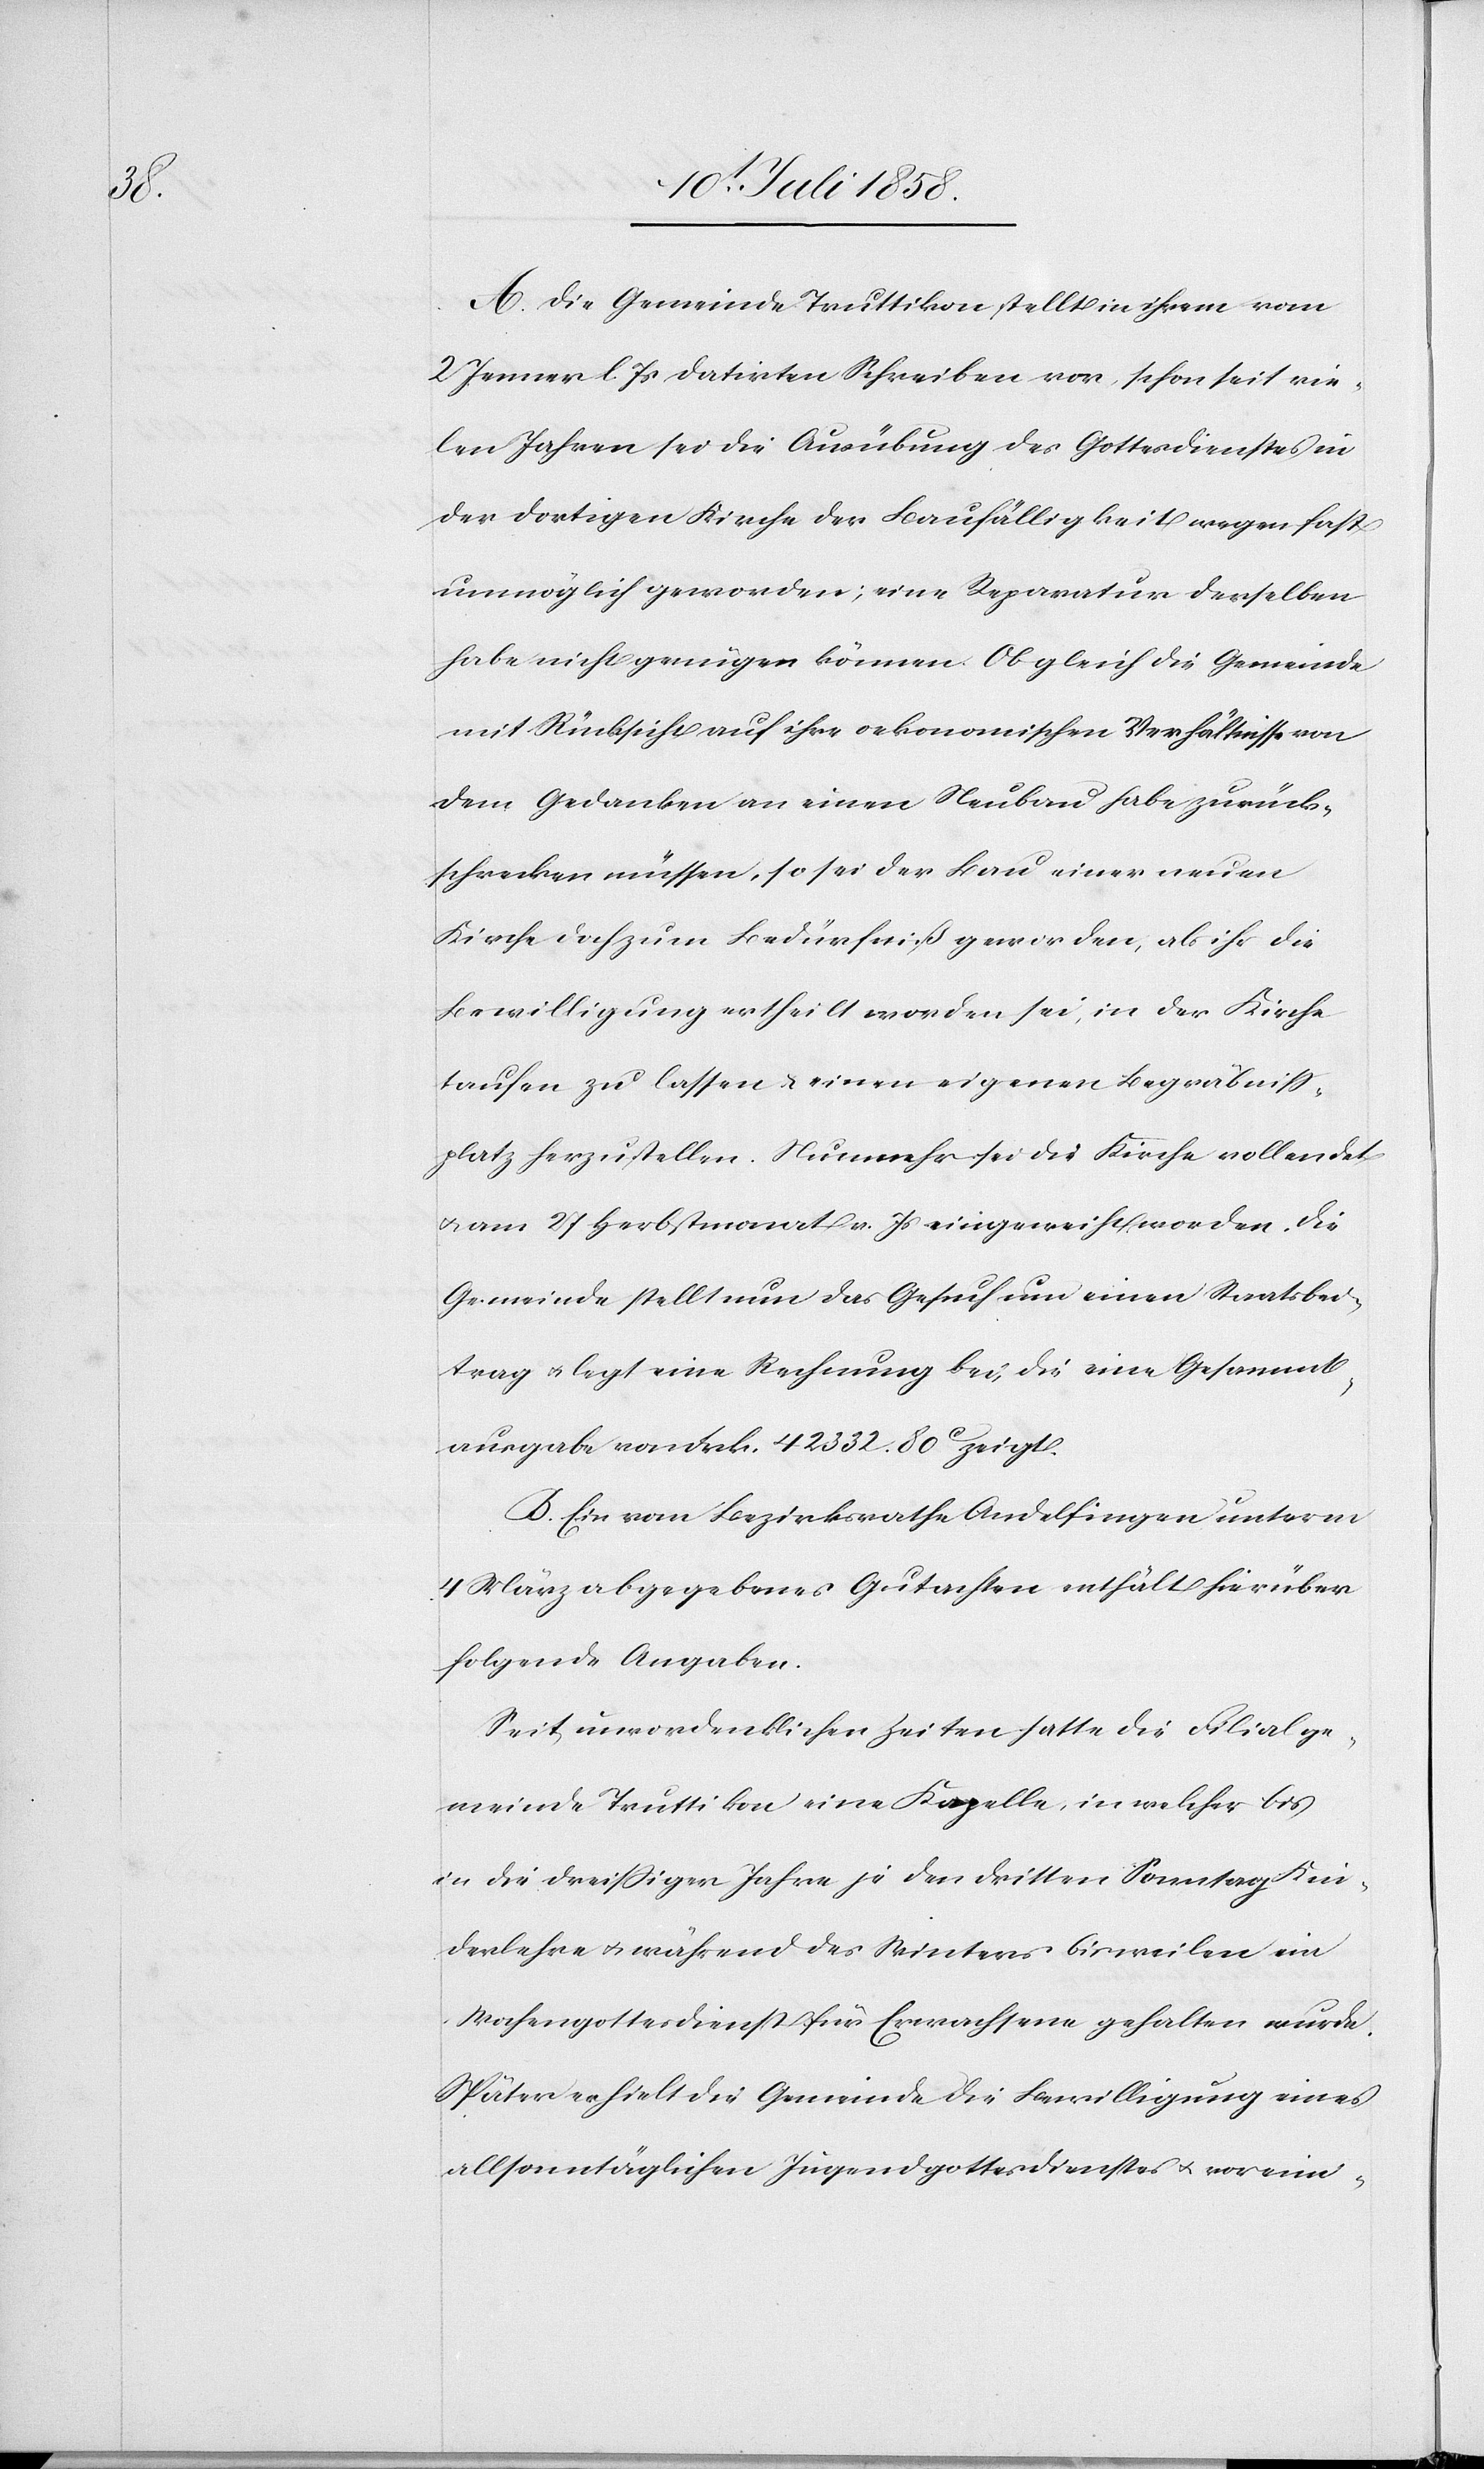
A. Die Gemeinde Truttikon stellt in ihrem vom
2 Jenner l. Js datirten Schreiben vor, schon seit vie¬
len Jahren sei die Ausübung des Gottesdienstes in
der dortigen Kirche der Baufälligkeit wegen fast
unmöglich geworden; eine Reparatur derselben
habe nicht genügen können. Obgleich die Gemeinde
mit Rücksicht auf ihre oekonomischen Verhältnisse von
dem Gedanken an einen Neubau habe zurück¬
schrecken müssen, so sei der Bau einer neuen
Kirche doch zum Bedürfniß geworden, als ihr die
Bewilligung ertheilt worden sei, in der Kirche
taufen zu lassen & einen eigenen Begräbniss¬
platz herzustellen. Nunmehr sei die Kirche vollendet
& am 27 Herbstmonat v. Js eingeweiht worden. Die
Gemeinde stellt nun das Gesuch um einen Staatsbei¬
trag & legt eine Rechnung bei, die eine Gesammt¬
ausgabe von Frk. 42 332. 80C zeigt.
B. Ein vom Bezirksrathe Andelfingen unterm
4 März abgegebenes Gutachten enthält hierüber
folgende Angaben.
Seit unvordenklichen Zeiten hatte die Filialge¬
meinde Truttikon eine Kapelle, in welcher bis
in die dreissiger Jahre je den dritten Sonntag Kin¬
derlehre & während des Winters bisweilen ein
Wochengottesdienst für Erwachsene gehalten wurde.
Später erhielt die Gemeinde die Bewilligung eines
allsonntäglichen Jugendgottesdienstes & vor eini-